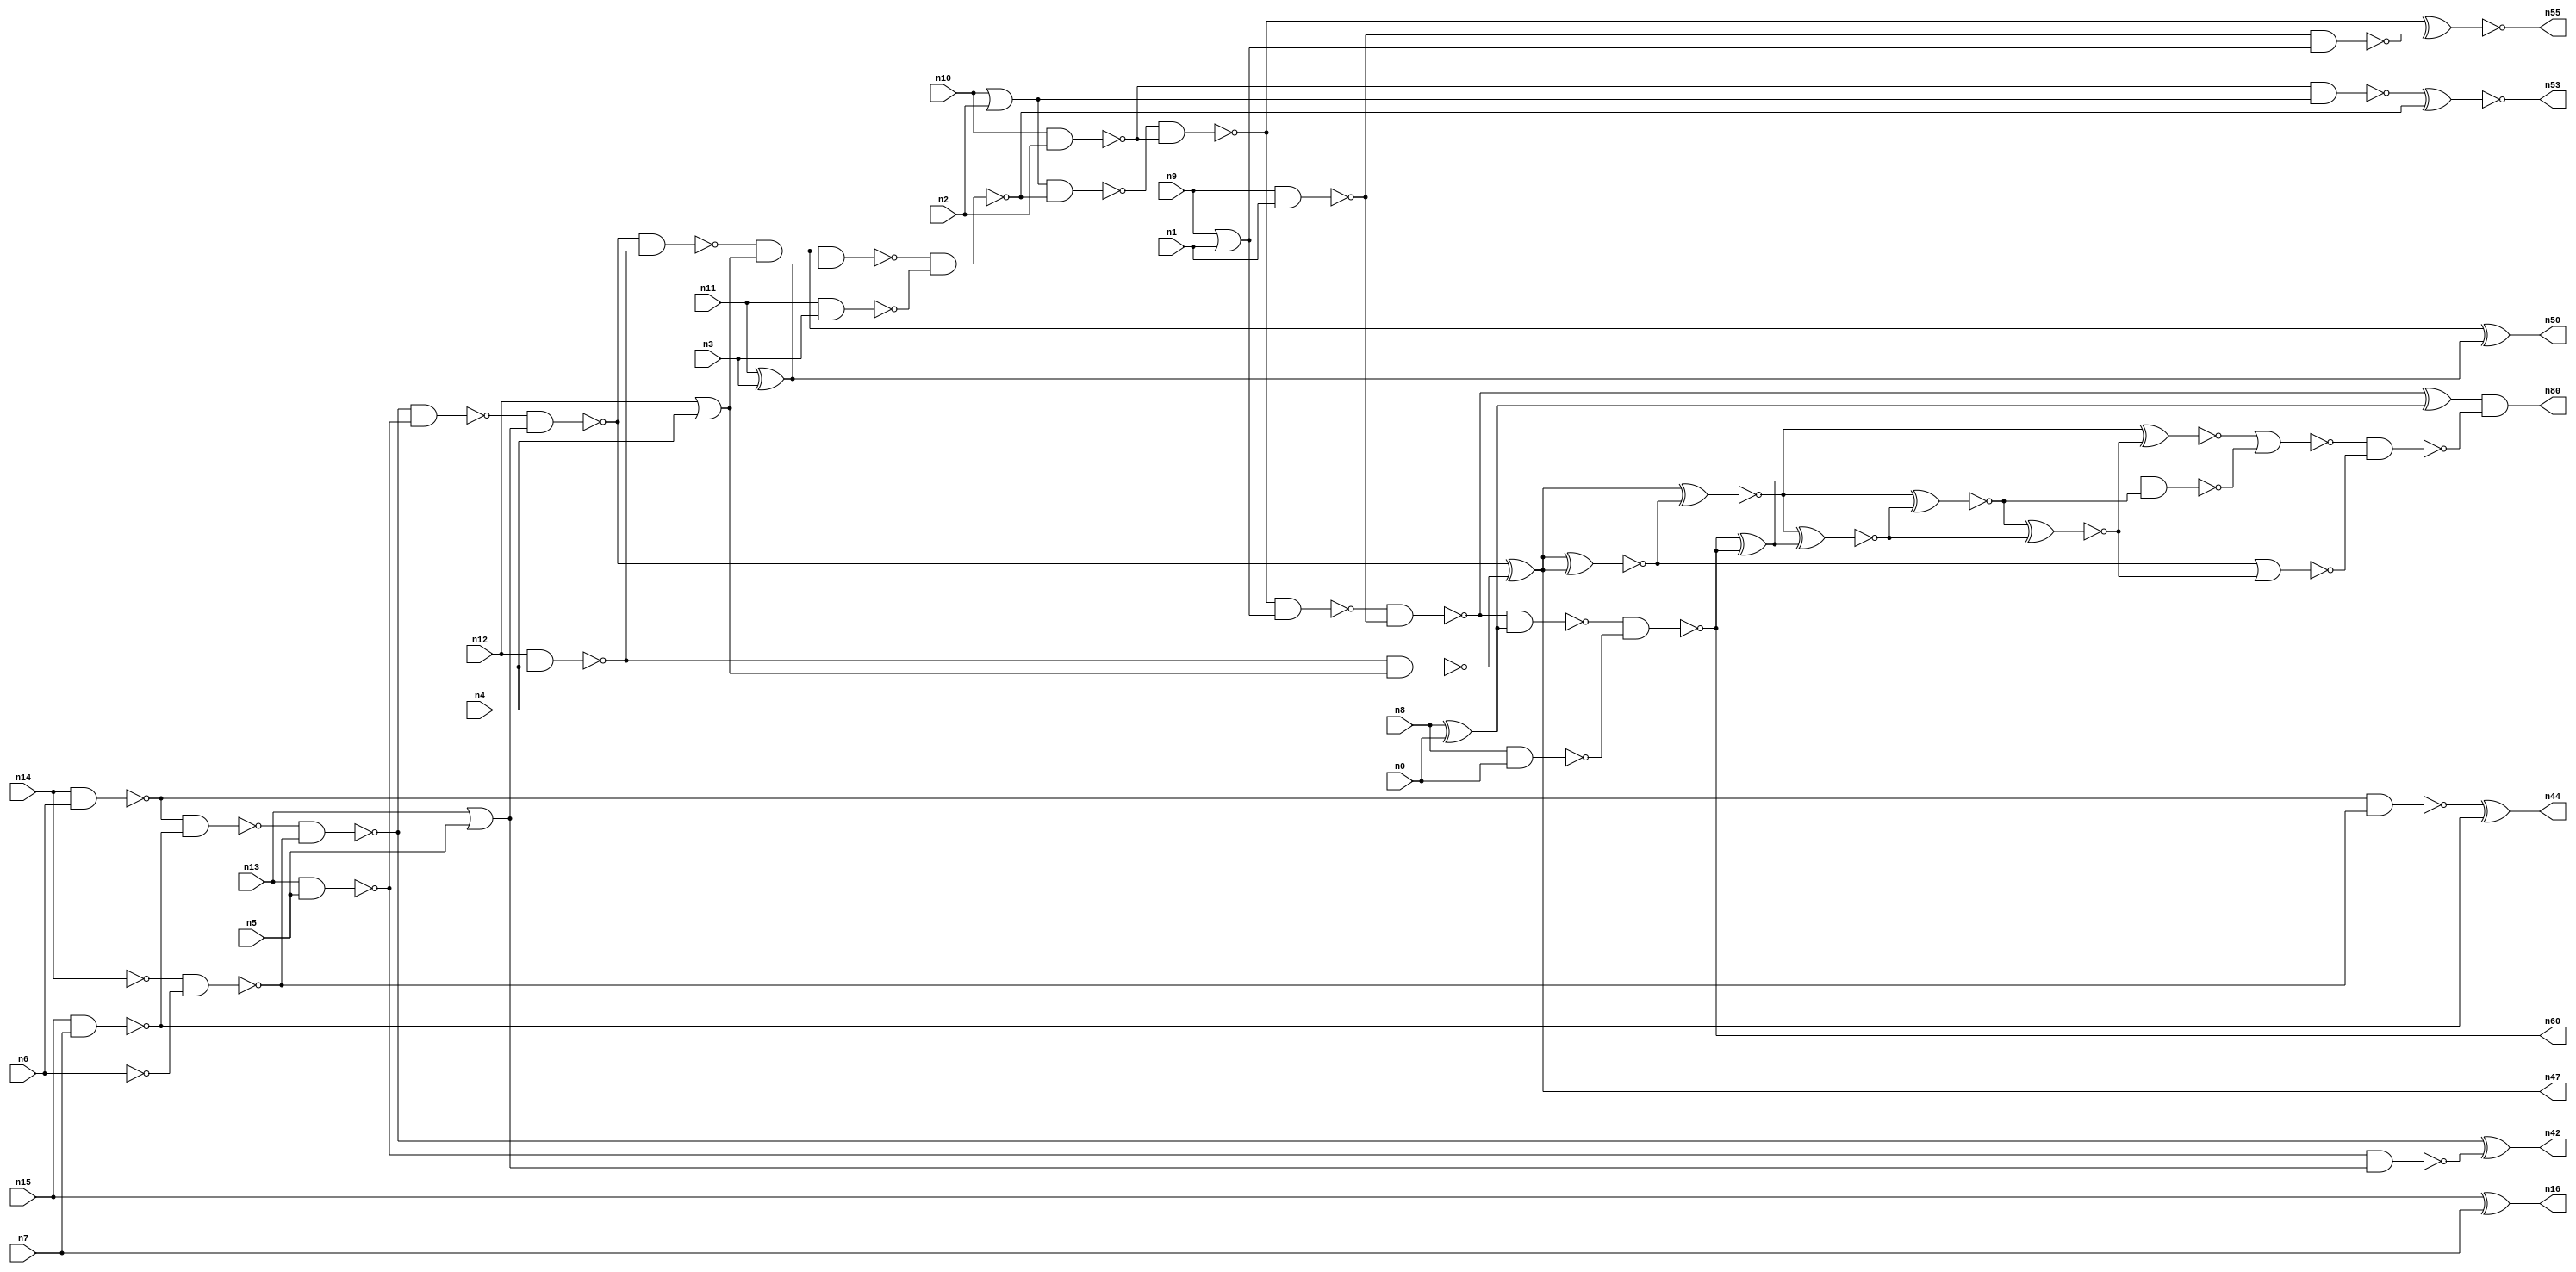
// This program was cloned from: https://github.com/umar-afzaal/ReCkt
// License: MIT License

// This file contains a pareto-optimal circuit with respect to area and the fault-resilince parameter p_fault which is defined as:
// "For all input vectors, the ratio of the no. of faults observable at the POs to the no. of total possible faults in the circuit".
// This code is part of the ReCkt library (https://github.com/umar-afzaal/ReCkt) distributed under The MIT License.
// When used, please cite the following article(s):
// U. Afzaal, A.S. Hassan, M. Usman and J.A. Lee, "On the Evolutionary Synthesis of Increased Fault-resilience Arithmetic Circuits".

// p_fault = 80.1 %    (Lower is better)
// gates = 57.0
// levels = 23
// area = 71.94    (For MCNC library relative to nand2)
// power = 376.0 uW    (Berkely-SIS for MCNC library @ Vdd=5V and 20 MHz clock)
// delay = 30.5 ns    (Berkely-ABC for MCNC library)
// PDP = 1.1468e-11 J

// Pin mapping:
// {n0, n1, n2, n3, n4, n5, n6, n7} = A[7:0]
// {n8, n9, n10, n11, n12, n13, n14, n15} = B[7:0]
// {n60, n80, n55, n53, n50, n47, n42, n44, n16} = O[8:0]

module addr8u_area_34 (
n0, n1, n2, n3, n4, n5, n6, n7, n8, n9, n10, n11, n12, n13, n14, n15, 
n60, n80, n55, n53, n50, n47, n42, n44, n16
);

input n0, n1, n2, n3, n4, n5, n6, n7, n8, n9, n10, n11, n12, n13, n14, n15;
output n60, n80, n55, n53, n50, n47, n42, n44, n16;
wire n30, n24, n52, n61, n46, n63, n68, n18, n49, n74, n17, n59, n51, n45, n36, n20, n37, n56, n23, n40, 
n48, n62, n66, n21, n25, n41, n54, n67, n27, n33, n28, n58, n22, n38, n39, n57, n71, n73, n31, n19, 
n34, n32, n76, n26, n43, n29, n64, n35;

xor (n16, n15, n7);
nand (n17, n10, n2);
nand (n18, n13, n5);
not (n19, n6);
nand (n20, n8, n0);
nor (n21, n9, n1);
nand (n22, n11, n3);
or (n23, n13, n5);
not (n24, n14);
nand (n25, n12, n4);
nand (n26, n9, n1);
nand (n27, n14, n6);
xor (n28, n8, n0);
nand (n29, n15, n7);
xor (n30, n11, n3);
or (n31, n10, n2);
or (n32, n12, n4);
nand (n33, n24, n19);
nand (n34, n17, n31);
nand (n35, n27, n29);
nand (n36, n18, n23);
not (n37, n21);
nand (n38, n25, n32);
nand (n39, n27, n33);
nand (n40, n35, n33);
nand (n41, n26, n37);
xor (n42, n40, n36);
nand (n43, n40, n18);
xor (n44, n39, n29);
nand (n45, n43, n23);
nand (n46, n45, n25);
xor (n47, n45, n38);
and (n48, n46, n32);
nand (n49, n48, n30);
xor (n50, n48, n30);
nand (n51, n49, n22);
nand (n52, n31, n51);
xnor (n53, n34, n51);
nand (n54, n52, n17);
xnor (n55, n54, n41);
nand (n56, n54, n37);
nand (n57, n56, n26);
nand (n58, n57, n28);
xor (n59, n57, n28);
nand (n60, n58, n20);
xnor (n61, n47, n47);
xnor (n62, n47, n61);
xor (n63, n60, n60);
xnor (n64, n62, n63);
xnor (n66, n62, n64);
xnor (n67, n66, n64);
nor (n68, n61, n67);
nand (n71, n63, n66);
xnor (n73, n62, n67);
nor (n74, n73, n71);
nand (n76, n74, n68);
and (n80, n59, n76);

endmodule